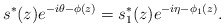
\begin{align*} s^*(z)e^{-i\theta-\phi(z)}=s^*_1(z)e^{-i\eta-\phi_1(z)}.\end{align*}